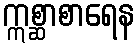
ဣစ္ဆာစာရေန